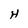
Character: H